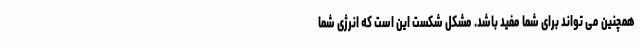
همچنین می تواند برای شما مفید باشد. مشکل شکست این است که انرژی شما